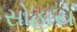
સોહાય